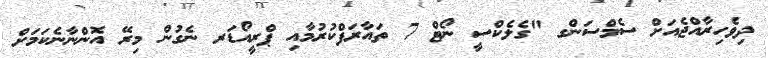
ދިވެހިރާއްޖެއަށް ސެމްސަންގ "ގެލެކްސީ ނޯޓް 7 ތައާރަފްކުރުމާއި ޕްރީއޯޑަރ ނެގުން މިރޭ އޮންނާނެކަމަށް